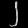
Digit: ၂